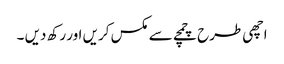
اچھی طرح چمچے سے مکس کریں اور رکھ دیں ۔